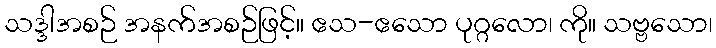
သဒ္ဒါအစဉ် အနက်အစဉ်ဖြင့်။ ဧသ-ဧသော ပုဂ္ဂလော၊ ကို။ သဗ္ဗသော၊